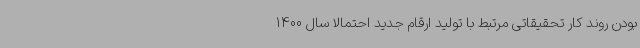
بودن روند کار تحقیقاتی مرتبط با تولید ارقام جدید احتمالا سال 1400